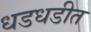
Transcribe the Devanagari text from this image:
धडधडीत